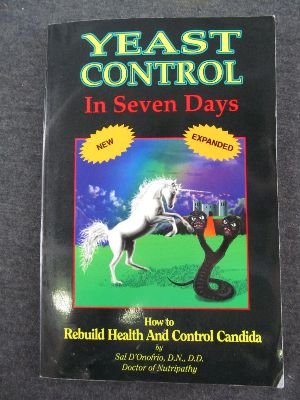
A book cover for Yeast Control in Seven Days; Sal D'Onofrio; Health, Fitness & Dieting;